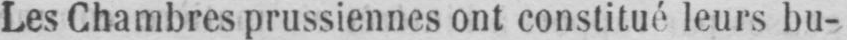
Les Chambres prussiennes ont constitué leurs bu-